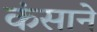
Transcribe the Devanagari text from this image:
कंसाने